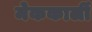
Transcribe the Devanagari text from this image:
मेककार्ली